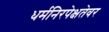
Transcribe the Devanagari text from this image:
धर्मनिरपेक्षतेवर